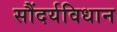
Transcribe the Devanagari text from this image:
सौंदर्यविधान